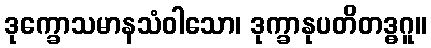
ဒုက္ခောသမာနသံဝါသော၊ ဒုက္ခာနုပတိတဒ္ဓဂူ။